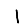
Digit: 1